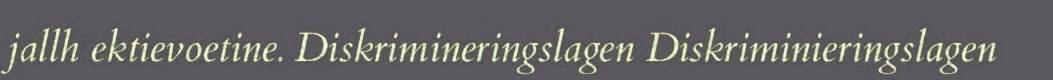
jallh ektievoetine. Diskrimineringslagen Diskriminieringslagen